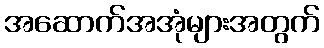
အဆောက်အအုံများအတွက်